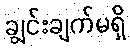
ချွင်းချက်မရှိ